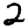
Digit: 2